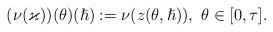
LaTeX: \begin{align*}(\nu(\varkappa))(\theta)(\hslash):=\nu(z(\theta, \hslash)), \ \theta \in [0, \tau].\end{align*}